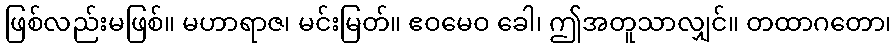
ဖြစ်လည်းမဖြစ်။ မဟာရာဇ၊ မင်းမြတ်။ ဧဝမေဝ ခေါ၊ ဤအတူသာလျှင်။ တထာဂတော၊